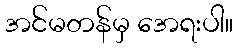
အင်မတန်မှ အေရးပါ။